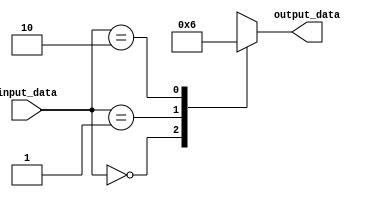
module behavioral_modeling_blocks (
    input [3:0] input_data,
    output reg [1:0] output_data
);

always @(input_data)
begin
    case(input_data)
        4'd0: output_data <= 2'b00;
        4'd1: output_data <= 2'b01;
        4'd2: output_data <= 2'b10;
        'bx: output_data <= 2'bx; // don't care condition
    endcase
end

endmodule